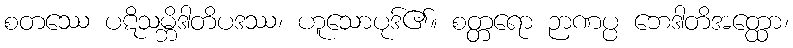
စတဿေ ပဋိသမ္ဘိဒါတိပဒဿ၊ ဟူသောပုဒ်၏။ စတ္တရော ဉာဏပ္ပ ဘေဒါတိအတ္ထော၊